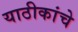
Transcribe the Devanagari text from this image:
याठीकांचे